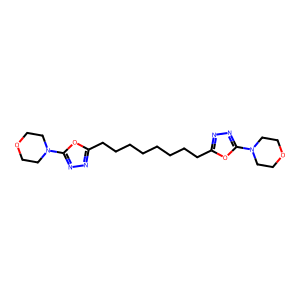
SMILES: C(CCCCc1nnc(N2CCOCC2)o1)CCCc1nnc(N2CCOCC2)o1
Inhibits HIV replication: No